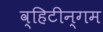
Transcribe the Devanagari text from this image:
व्हिटीन्गम